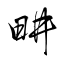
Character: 畊